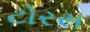
ટોરસ